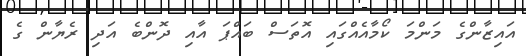
އައިޒާންގެ މަންމަ ކޯމާއެއްގައި އޮތަސް ބައްޕަ އާއި ދޮންބެ އަދި ރެޔާން ގެ